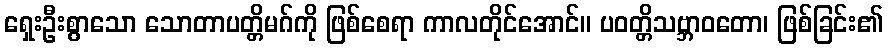
ရှေးဦးစွာသော သောတာပတ္တိမဂ်ကို ဖြစ်စေရာ ကာလတိုင်အောင်။ ပဝတ္တိသဗ္ဘာဝတော၊ ဖြစ်ခြင်း၏